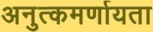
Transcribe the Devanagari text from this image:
अनुत्कमर्णायता